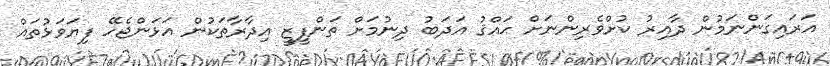
އަރައިގަންނަމުން ދާއިރު ކުށްވެރިންނަށް ޙައްޤު އަދަބު ދިނުމަށް ތަންފީޒީ އިދާރާތަކުން އަޅަންޖެހޭ ފިޔަވަޅުތައް